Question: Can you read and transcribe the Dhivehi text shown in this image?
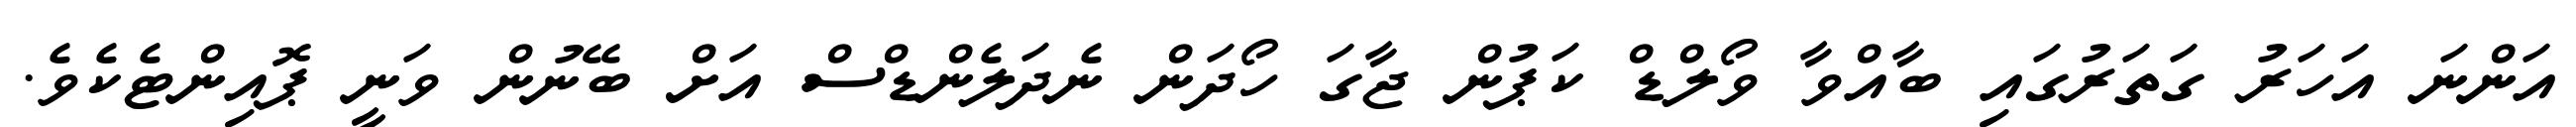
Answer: އަންނަ އަހަރު ގަތަރުގައި ބާއްވާ ވޯލްޑް ކަޕުން ޖާގަ ހޯދަން ނެދަލެންޑްސް އަށް ބޭނުން ވަނީ ޕޮއިންޓެކެވެ.